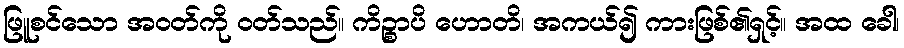
ဖြူစင်သော အဝတ်ကို ဝတ်သည်။ ကိဉ္စာပိ ဟောတိ၊ အကယ်၍ ကားဖြစ်၏ရှင့်။ အထ ခေါ၊